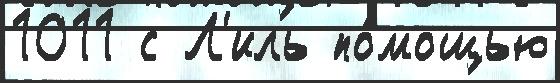
1011 с Л'иль по́мощью